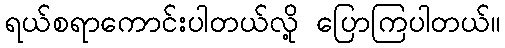
ရယ်စရာကောင်းပါတယ်လို့ ပြောကြပါတယ်။